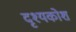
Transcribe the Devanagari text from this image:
दृश्यकोश